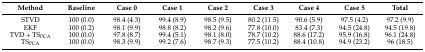
<table><thead><tr><td><b>Method</b></td><td><b>Baseline</b></td><td><b>Case 0</b></td><td><b>Case 1</b></td><td><b>Case 2</b></td><td><b>Case 3</b></td><td><b>Case 4</b></td><td><b>Case 5</b></td><td><b>Total</b></td></tr></thead><tbody><tr><td>STVD</td><td>100 (0.0)</td><td>98.4 (4.3)</td><td>99.4 (8.9)</td><td>98.5 (9.5)</td><td>80.2 (11.5)</td><td>90.6 (5.9)</td><td>97.5 (4.2)</td><td>97.2 (9.9)</td></tr><tr><td>EKF</td><td>100 (0.2)</td><td>98.1 (9.9)</td><td>98.8 (8.2)</td><td>98.2 (9.6)</td><td>77.8 (10.0)</td><td>83.4 (7.3)</td><td>94.5 (24.8)</td><td>94.5 (19.8)</td></tr><tr><td>TVD + TS<sub>PCA</sub></td><td>100 (0.0)</td><td>97.8 (8.7)</td><td>99.4 (5.1)</td><td>98.1 (8.0)</td><td>78.7 (10.2)</td><td>88.6 (17.2)</td><td>95.9 (16.8)</td><td>96.1 (24.8)</td></tr><tr><td>TS<sub>PCA</sub></td><td>100 (0.0)</td><td>98.3 (9.9)</td><td>99.2 (7.6)</td><td>98.7 (9.3)</td><td>77.5 (10.2)</td><td>88.4 (10.8)</td><td>94.9 (23.2)</td><td>96 (18.5)</td></tr></tbody></table>